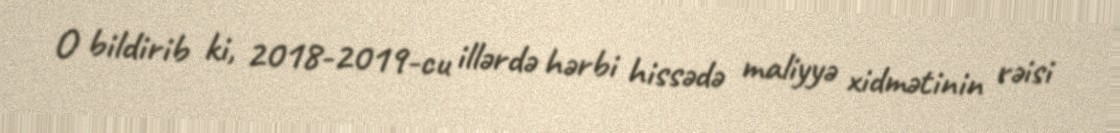
O bildirib ki, 2018-2019-cu illərdə hərbi hissədə maliyyə xidmətinin rəisi